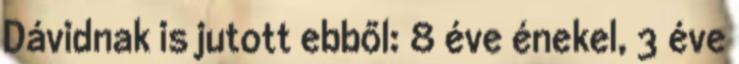
Dávidnak is jutott ebből: 8 éve énekel, 3 éve